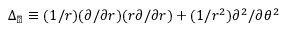
\Delta _ { \perp } \equiv ( 1 / r ) ( \partial / \partial r ) ( r \partial / \partial r ) + ( 1 / r ^ { 2 } ) \partial ^ { 2 } / \partial \theta ^ { 2 }